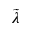
\tilde { \lambda }